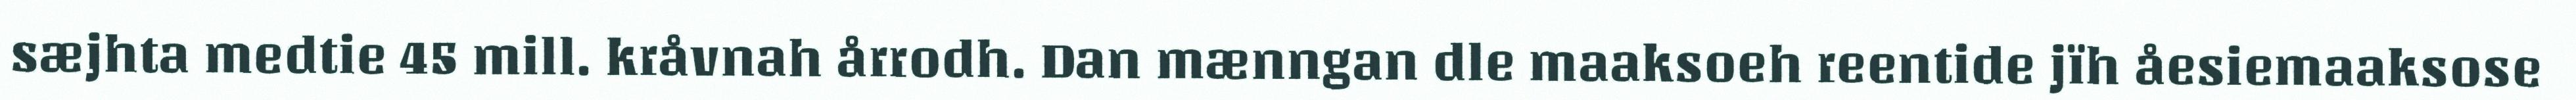
sæjhta medtie 45 mill. kråvnah årrodh. Dan mænngan dle maaksoeh reentide jïh åesiemaaksose